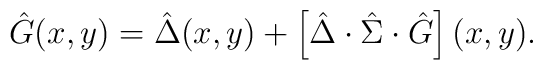
\hat{G} (x, y) = \hat{\Delta} (x, y) + \left[ \hat{\Delta} \cdot \hat{\Sigma} \cdot \hat{G} \right] (x, y) .